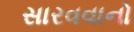
સારવવાનો